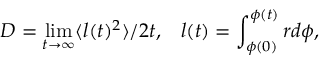
D = \operatorname* { l i m } _ { t \rightarrow \infty } \langle l ( t ) ^ { 2 } \rangle / 2 t , \; \; \; l ( t ) = \int _ { \phi ( 0 ) } ^ { \phi ( t ) } r d \phi ,